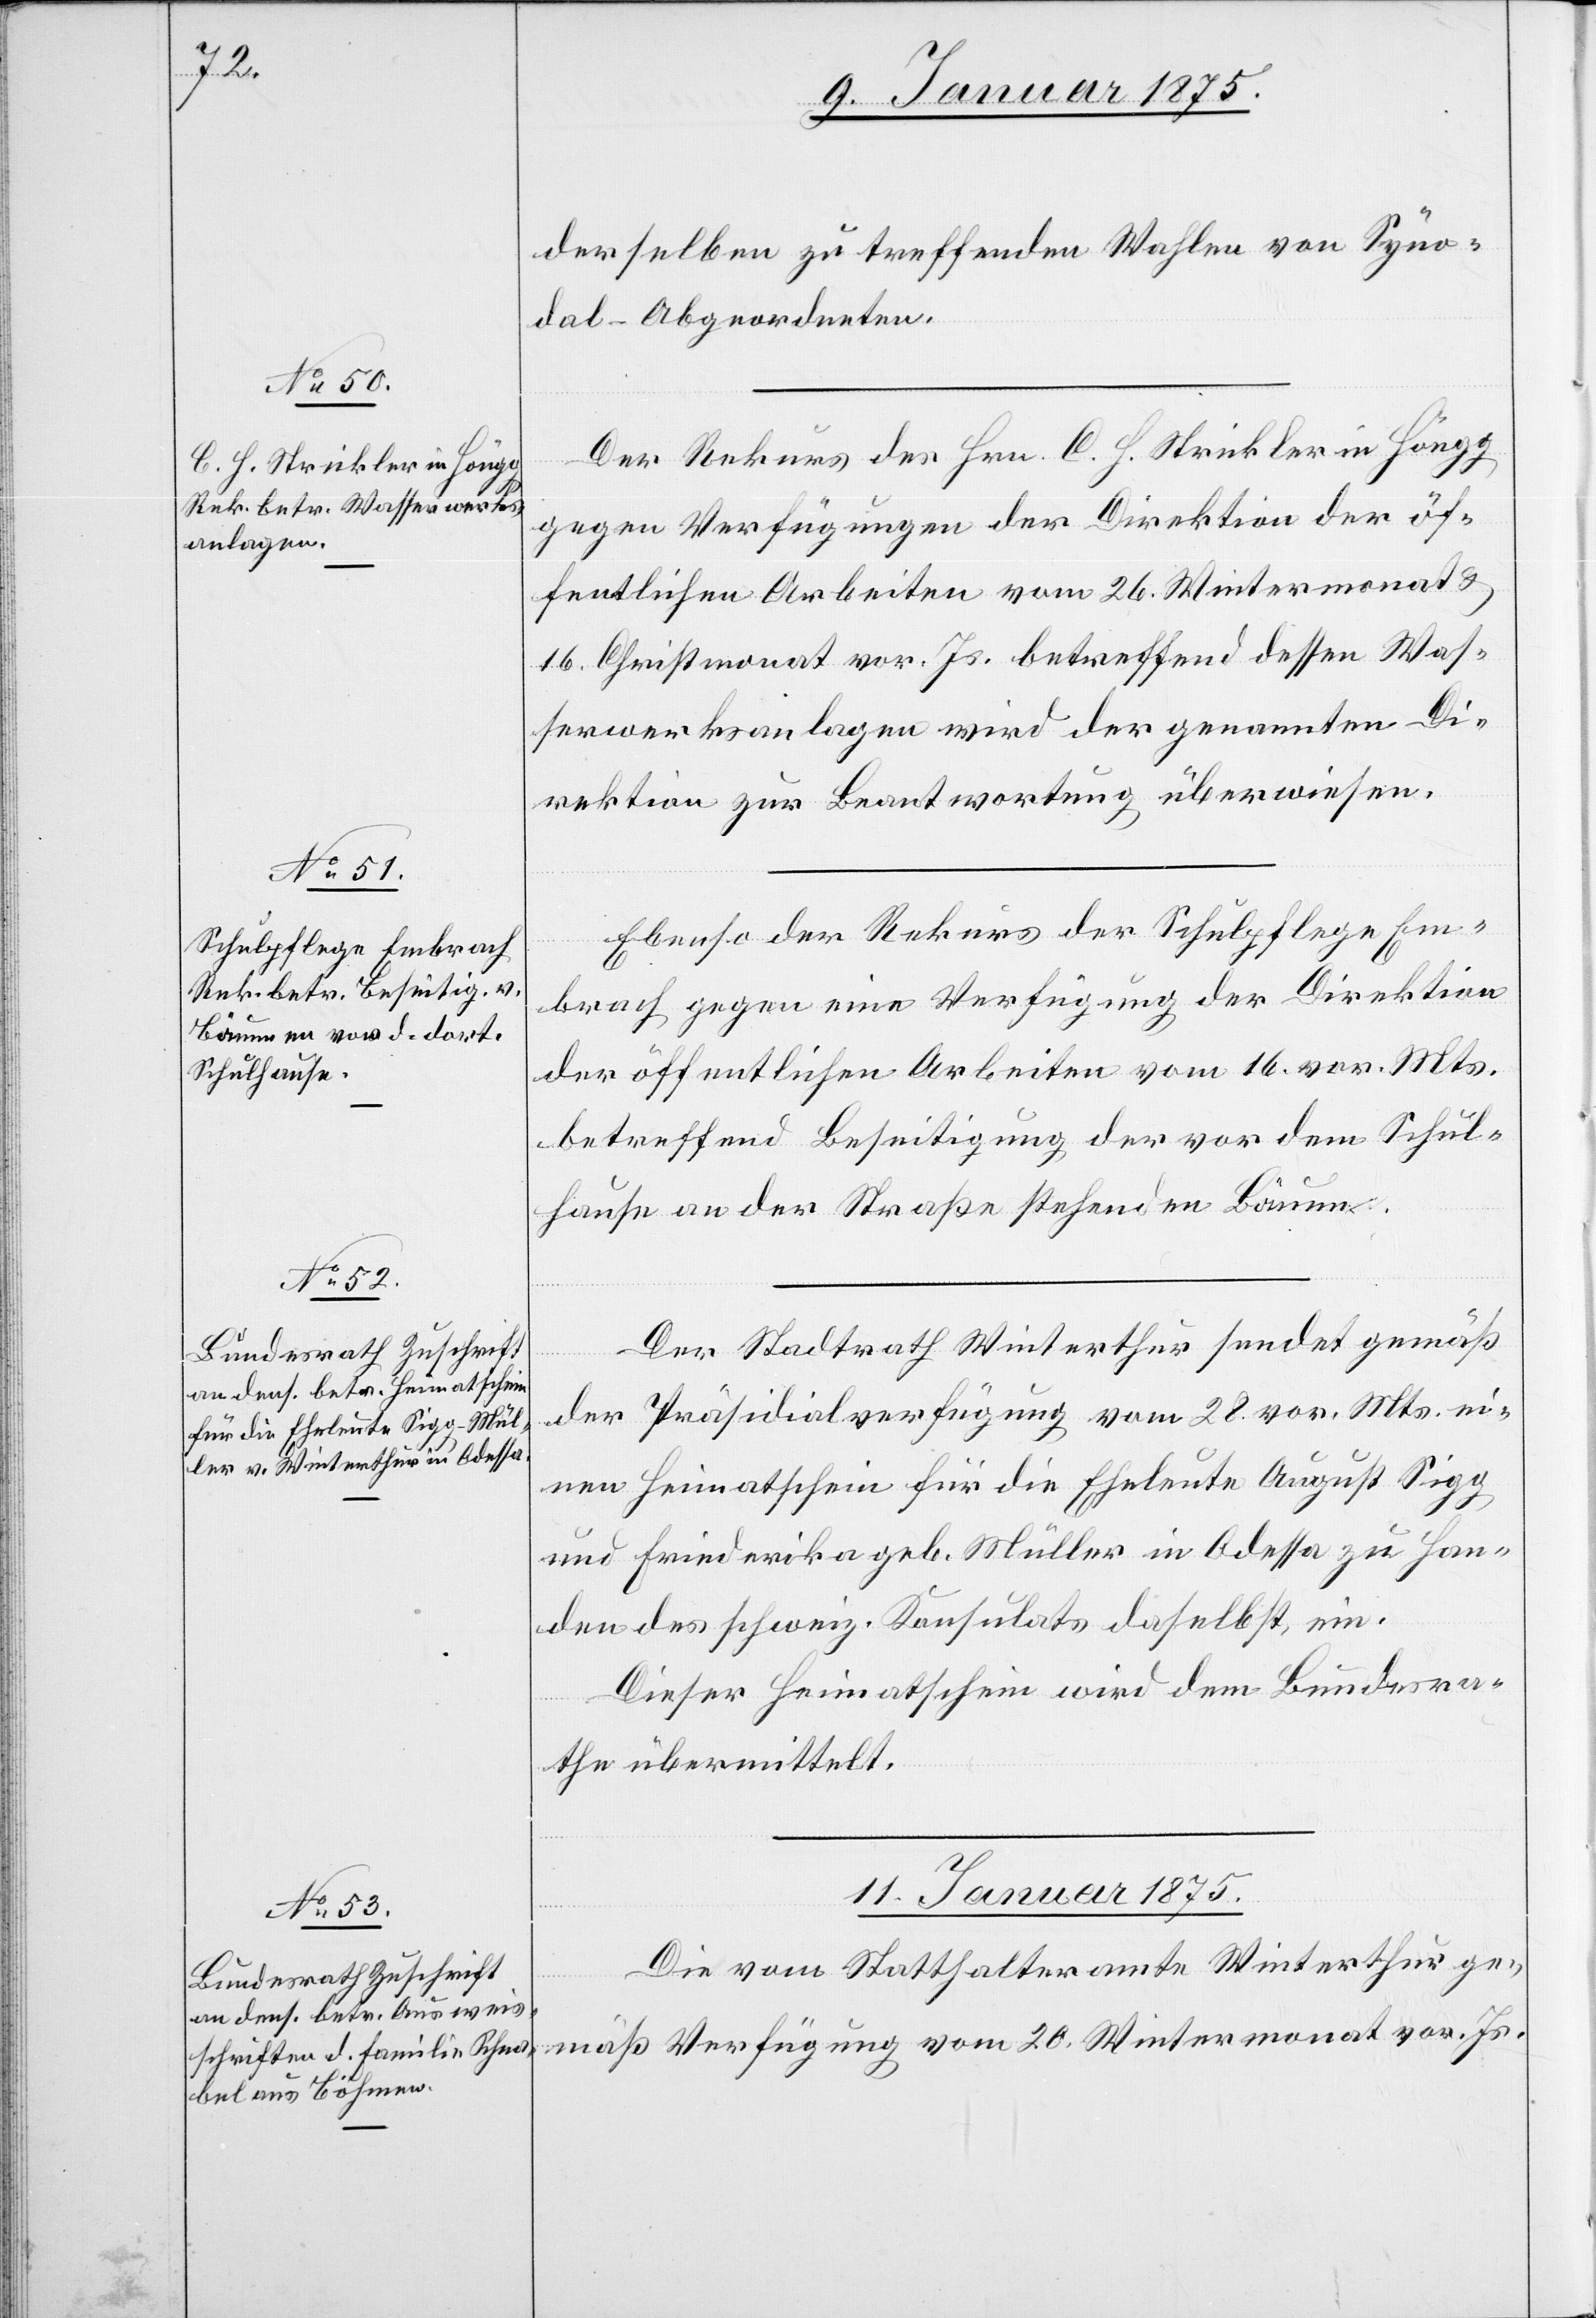
9. Januar 1875.]
derselben zu treffenden Wahlen von Syno¬
dal-Abgeordneten.
Der Rekurs des Hrn. C. H. Strickler in Höngg
gegen Verfügungen der Direktion der öf¬
fentlichen Arbeiten vom 26. Wintermonat &
16. Christmonat vor. Js. betreffend dessen Was¬
serwerksanlagen wird der genannten Di¬
rektion zur Beantwortung überwiesen.
Ebenso der Rekurs der Schulpflege Em¬
brach gegen eine Verfügung der Direktion
der öffentlichen Arbeiten vom 16. vor. Mts.
betreffend Beseitigung der vor dem Schul¬
hause an der Straße stehenden Bäume.
Der Stadtrath Winterthur endet gemäß
der Präsidialverfügung vom 28. vor. Mts. ei¬
nen Heimatschein für die Eheleute August Sigg
und Friederika geb. Müller in Odessa zu Han¬
den des schweiz. Konsulates daselbst ein.
Dieser Heimatschein wird dem Bundesra¬
the übermittelt.
11. Januar 1875.
Die vom Statthalteramte Winterthur ge¬
mäß Verfügung vom 20. Wintermonat vor. Js.